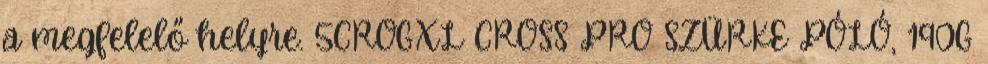
a megfelelő helyre. 5CROGXL CROSS PRO SZÜRKE PÓLÓ, 190G